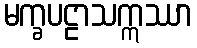
မက္ခပဠာသဣဿာ